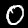
Digit: 0